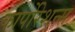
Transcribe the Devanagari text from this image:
कार्पोरेशन्स